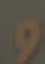
و